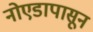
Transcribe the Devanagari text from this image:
नोएडापासून